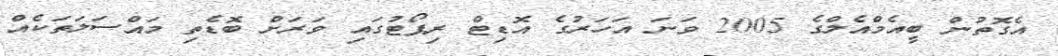
އެގޮތުން ބީއެމްއެލްގެ 2005 ވަނަ އަހަރުގެ އޮޑިޓް ރިޕޯޓުގައި ވަރަށް ބޮޑެތި މައްސަލަތަކެއް